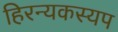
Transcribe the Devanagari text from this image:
हिरन्यकस्यप